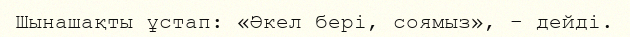
Шынашақты ұстап: «Әкел берi, соямыз», – дейдi.